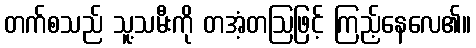
တက်စသည် သူ့သမီးကို တအံ့တဩဖြင့် ကြည့်နေလေ၏။